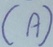
Text: (A)